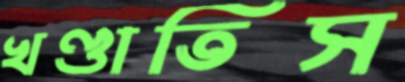
খণ্ডাতিস